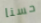
حسنا